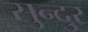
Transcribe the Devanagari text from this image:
सुन्दुर